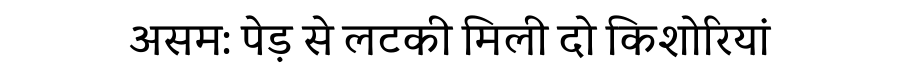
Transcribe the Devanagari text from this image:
असम: पेड़ से लटकी मिली दो किशोरियां